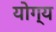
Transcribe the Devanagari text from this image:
योग्य